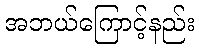
အဘယ်ကြောင့်နည်း